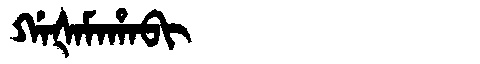
Manchu: ᡤᠠᡧᠠᠮᠠᡥᠠᠪᡳ
Romanization: GAŠAMAHABI